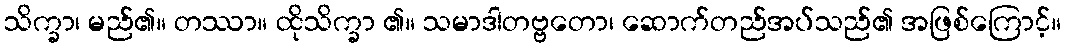
သိက္ခာ၊ မည်၏။ တဿာ။ ထိုသိက္ခာ ၏။ သမာဒါတဗ္ဗတော၊ ဆောက်တည်အပ်သည်၏ အဖြစ်ကြောင့်။